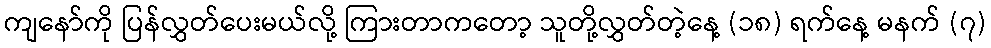
ကျနော်ကို ပြန်လွှတ်ပေးမယ်လို့ ကြားတာကတော့ သူတို့လွှတ်တဲ့နေ့ (၁၈) ရက်နေ့ မနက် (၇)